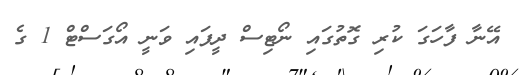
އޭނާ ފާހަގަ ކުރި ގޮތުގައި ނޯޓިސް ދީފައި ވަނީ އޯގަސްޓް 1 ގެ